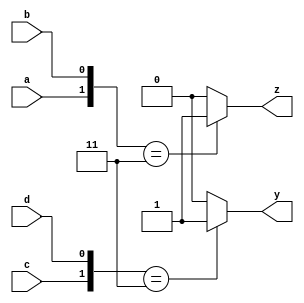
module code5a (y, z, a, b, c, d);
    output y, z;
    input a, b, c, d;
    reg y, z;
    always @(a or b or c or d) begin
        {y, z} = 2'b0;
        casez ({a, b, c, d}) // synopsys parallel_case
        4'b11??: z = 1;
        4'b??11: y = 1;
        endcase
    end
endmodule